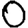
Digit: 0